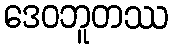
ဒေဝဘူတဿ